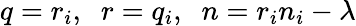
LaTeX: q=r_{i},\; \; r=q_{i},\; \; n=r_{i}n_{i}-\lambda